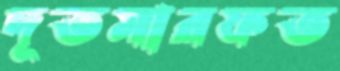
দূতমারফত